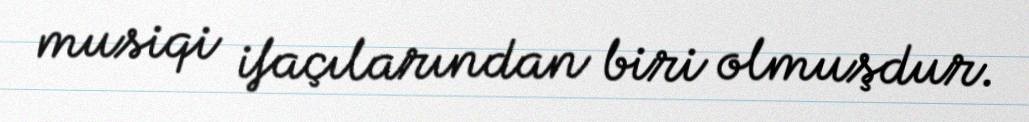
musiqi ifaçılarından biri olmuşdur.